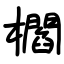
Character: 櫩